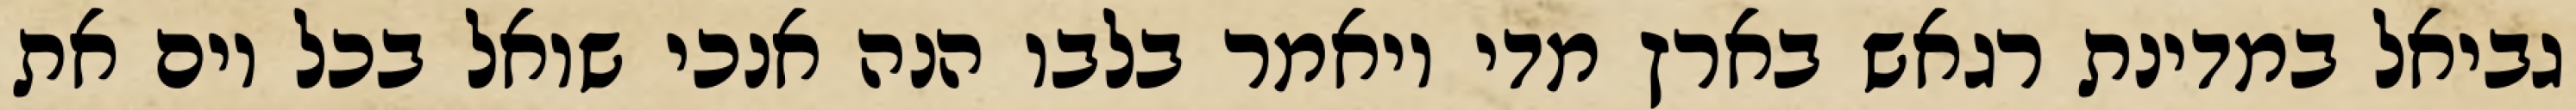
גביאל במדינת רגאש בארץ מדי ויאמר בלבו הנה אנכי שואל בכל יום את